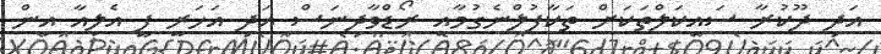
އަދި ދޫކުރާ ސައިކަލްތަކަށް ތަކާފުލްނެގުމާއި ރޯޑްވާދިނަސް އަދި އަހަރީ ފީ އެލިއާ އިން